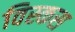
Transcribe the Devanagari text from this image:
विस्कस